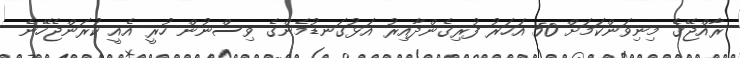
ރާއްޖޭގެ މިނިވަންކަމަށް 50 އަހަރު ފުރިގެންދާއިރު އަޅުގަނޑުމެންގެ ވިސްނުން ހުރީ އެއީ ކުރަންޖެހޭނެ